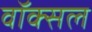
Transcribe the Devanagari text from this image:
वॉक्‍सल